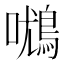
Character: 𰈾